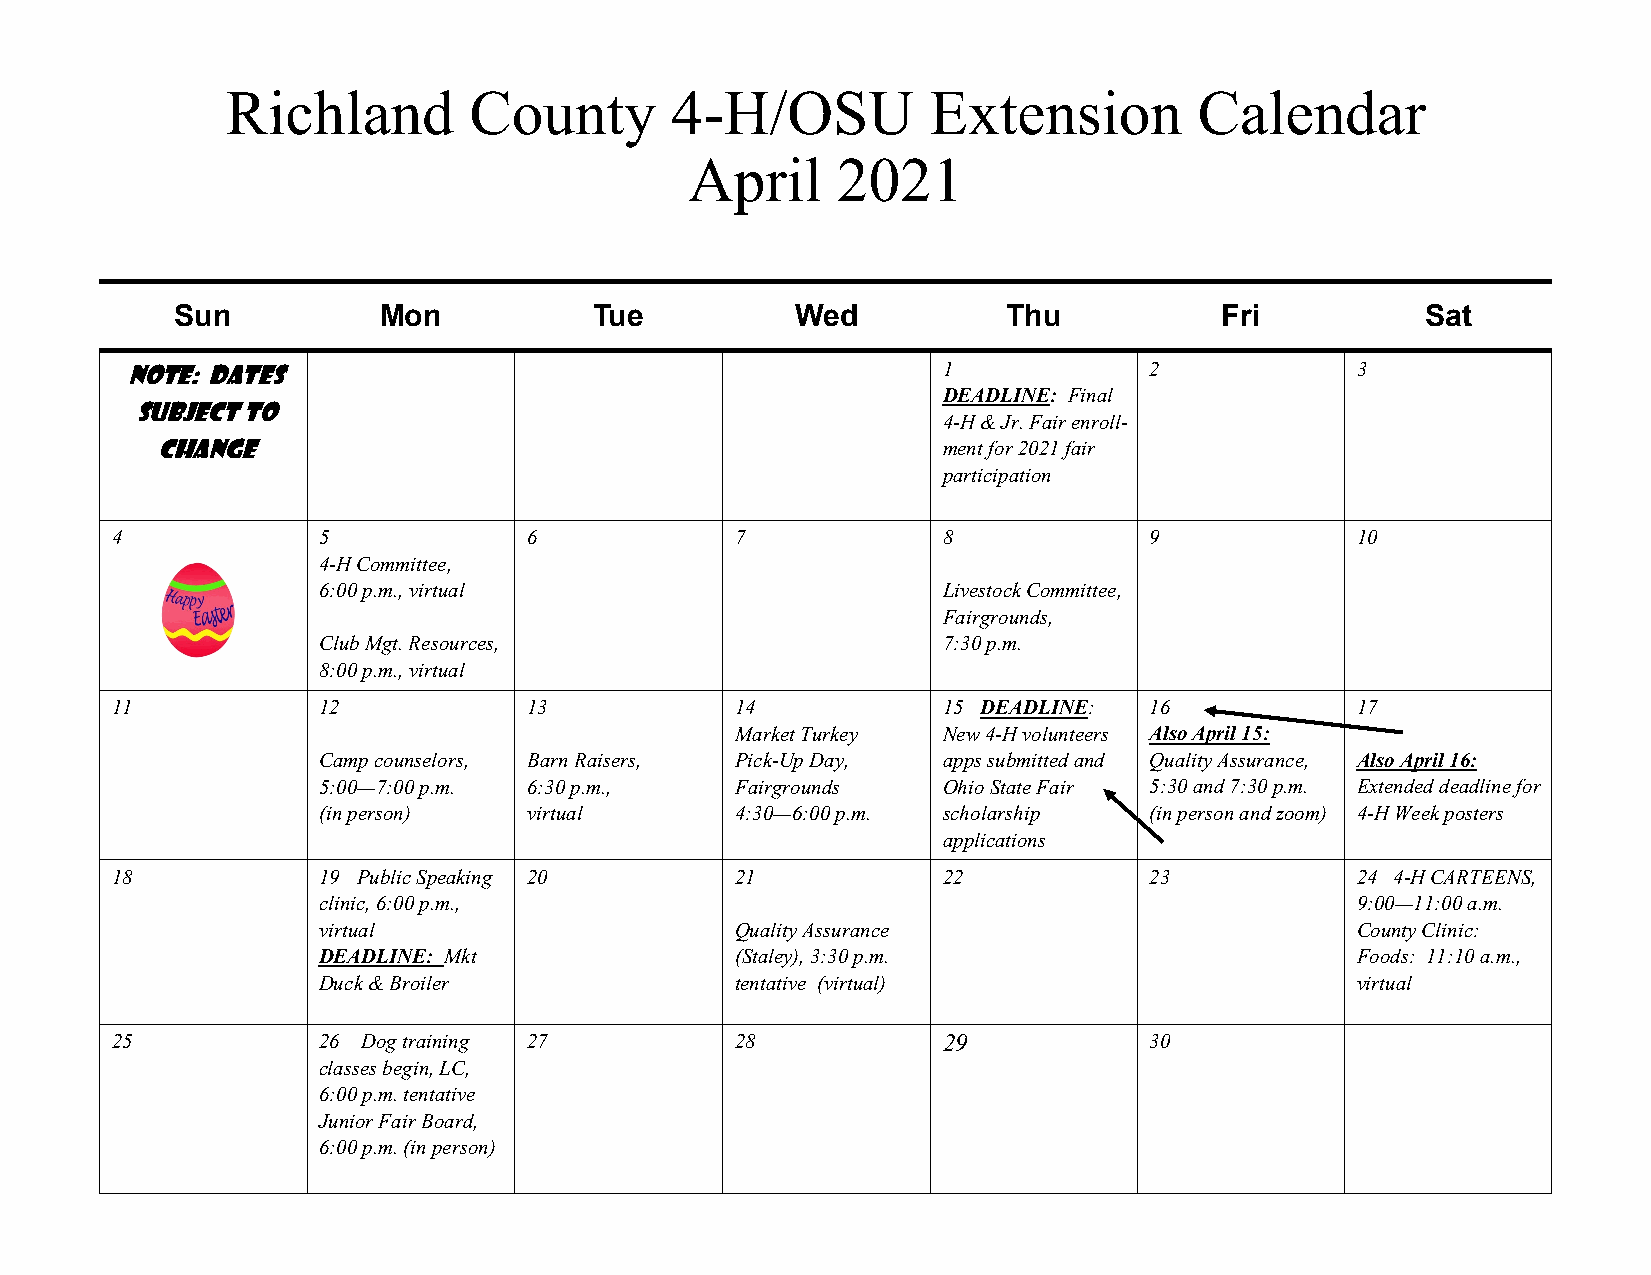
Richland        County       4-H/OSU          Extension         Calendar
 April    2021
 Sun          Mon           Tue           Wed           Thu           Fri          Sat
 Note: Dates                                           1             2             3
 DEADLINE: Final
 subject to
 4-H & Jr. Fair enroll-
 change                                              ment for 2021 fair
 participation
 4             5             6             7            8             9             10
 4-H Committee,
 6:00 p.m., virtual                       Livestock Committee,
 Fairgrounds,
 Club Mgt. Resources,                     7:30 p.m.
 8:00 p.m., virtual
 11            12            13            14           15 DEADLINE:  16            17
 Market Turkey New 4-H volunteers Also April 15:
 Camp counselors, Barn Raisers, Pick-Up Day, apps submitted and Quality Assurance, Also April 16:
 5:00—7:00 p.m. 6:30 p.m.,   Fairgrounds  Ohio State Fair 5:30 and 7:30 p.m. Extended deadline for
 (in person)   virtual       4:30—6:00 p.m. scholarship (in person and zoom) 4-H Week posters
 applications
 18            19 Public Speaking 20       21           22            23            24 4-H CARTEENS,
 clinic, 6:00 p.m.,                                                   9:00—11:00 a.m.
 virtual                     Quality Assurance                        County Clinic:
 DEADLINE: Mkt               (Staley), 3:30 p.m.                      Foods: 11:10 a.m.,
 Duck & Broiler              tentative (virtual)                      virtual
 25            26 Dog training 27          28           29            30
 classes begin, LC,
 6:00 p.m. tentative
 Junior Fair Board,
 6:00 p.m. (in person)